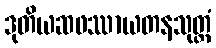
ဒုတိယဆဖဿာယတနသုတ္တံ